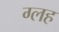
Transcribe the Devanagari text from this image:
ग्लह